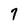
Character: 7